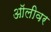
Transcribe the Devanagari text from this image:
ऑलीवर